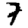
Digit: 7